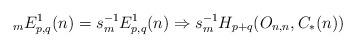
LaTeX: \begin{align*}{}_{m}E^{1}_{p,q}(n) = s_{m}^{-1}E^{1}_{p,q}(n) \Rightarrow s_{m}^{-1}H_{p+q}(O_{n,n}, C_{*}(n)) \end{align*}